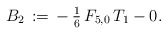
\begin{align*}B_2\,:=\,-\,\tfrac{1}{6}\,F_{5,0}\,T_1-0.\end{align*}